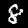
Label: 8